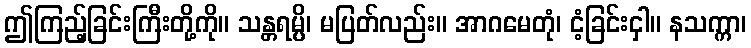
ဤကြည့်ခြင်းကြီးတို့ကို။ သန္တရမ္ပိ၊ မပြတ်လည်း။ အာဂမေတုံ၊ ငံ့ခြင်းငှါ။ နသက္ကာ၊